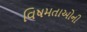
વિષમતાઓની